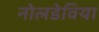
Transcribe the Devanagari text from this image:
नोलडेविया